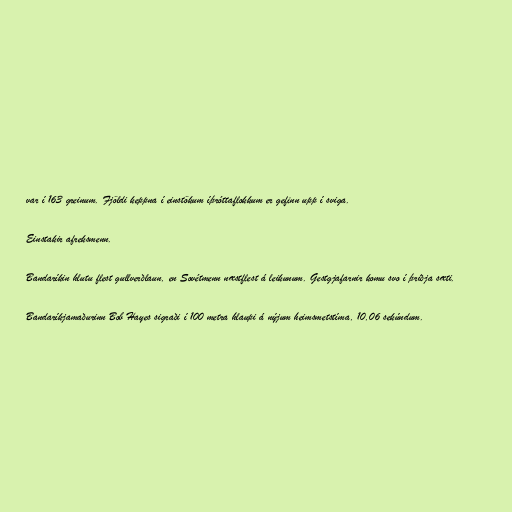
var í 163 greinum. Fjöldi keppna í einstökum íþróttaflokkum er gefinn upp í sviga.

Einstakir afreksmenn.

Bandaríkin hlutu flest gullverðlaun, en Sovétmenn næstflest á leikunum. Gestgjafarnir komu svo í þriðja sæti.

Bandaríkjamaðurinn Bob Hayes sigraði í 100 metra hlaupi á nýjum heimsmetstíma, 10,06 sekúndum.